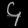
Digit: ၄